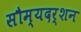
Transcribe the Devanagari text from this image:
सौम्यदर्शन